Civil Veterinary Dept. Bombay admin report 1893-99 - 1893-1899
Year: 1893
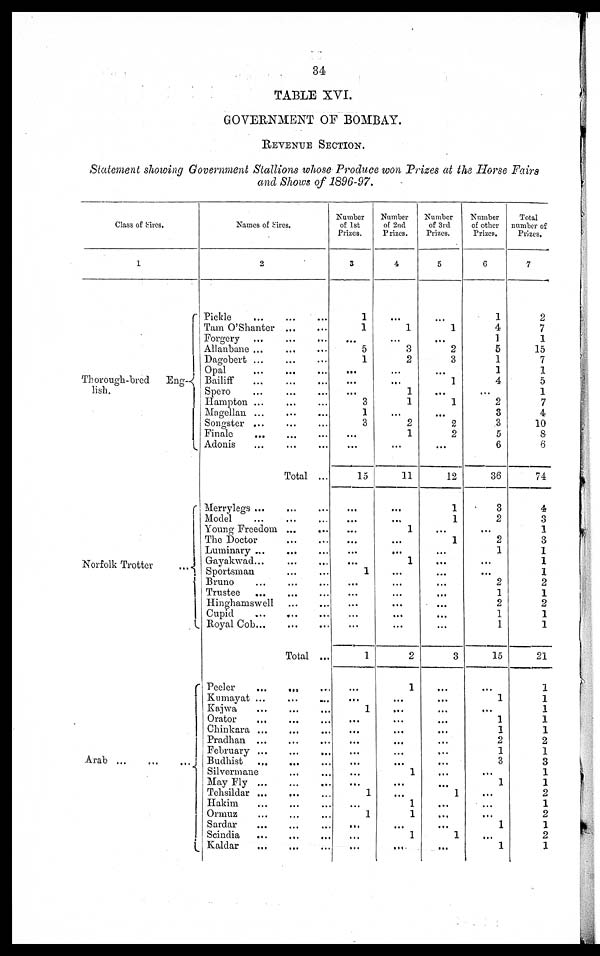
34
TABLE XVI.
GOVERNMENT OF BOMBAY.
REVENUE SECTION.
Statement showing Government Stallions whose Produce won Prizes at the Horse Fairs
and Shows of 1896-97.
Class of Sires.
1
Thorough-bred
Eng-
lish.
Norfolk Trotter ...
Arab ... ... ...
Names of Sires.
2
Pickle
...
...
...
Tam O'Shanter
...
...
Forgery ... ... ...
Allanbane ... ... ... ...
Dagobert ... ... ...
Opal
...
...
...
Bailiff ... ... ...
Spero ... ... ...
Hampton ... ... ...
Magellan ... ... ...
Songster ...
Finale ... ...
Adonis ... ...
Total ...
Merrylegs ... ... ...
Model
...
...
...
Young Freedom
...
...
The Doctor
...
...
Luminary ... ... ...
Gayakwad... ... ...
Sportsman ... ...
Bruno ... ... ...
Trustee ... ... ...
Hinghamswell ... ...
Cupid
...
...
...
Royal Cob
...
...
...
Total ...
Peeler
... ... ...
Kumayat ... ... ...
Kajwa ... ... ...
Orator
...
Chinkara ... ... ...
Pradhan ... ... ...
February ...
...
...
Budhist
... ... ...
Silvermane... ...
May Fly... ... ...
Tehsildar ...
... ...
Hakim
Ormuz ... ... ...
Sardar ... ... ...
Scindia
...
...
...
Kaldar
...
...
...
Number
of 1st
Prizes.
3
1
1
...
5
1
...
...
...
3
1
3
...
...
15
...
...
...
...
...
...
1
...
...
...
...
...
1
...
...
1
...
...
...
...
...
...
...
1
...
1
...
...
...
Number
of 2nd
Prizes.
4
...
1
...
3
2
...
...
1
1
...
2
1
...
11
...
...
1
...
...
1
...
...
...
...
...
...
2
1
...
...
...
...
...
...
...
1
...
...
1
1
...
1
...
Number
of 3rd
Prizes.
5
...
1
...
2
3
...
1
...
1
...
2
2
...
12
1
1
...
1
...
...
...
...
...
...
...
...
3
...
...
...
...
...
...
...
...
...
...
1
...
...
...
1
...
Number
of other
Prizes.
6
1
4
1
5
1
1
4
...
2
3
3
5
6
36
3
2
...
2
1
...
...
2
1
2
1
1
15
1
...
1
1
2
1
3
...
1
...
...
...
1
...
1
Total
number of
Prizes.
7
2
7
1
15
7
1
5
1
7
4
10
8
6
74
4
3
1
3
1
1
1
2
1
2
1
1
21
1
1
1
1
1
2
1
3
1
1
2
1
2
1
2
1